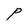
Character: P